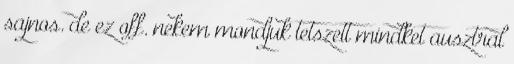
sajnos. de ez off. nekem mondjuk tetszett mindket ausztral